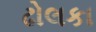
ઢોલકા